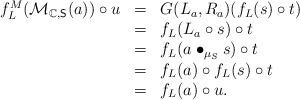
LaTeX: \begin{align*}\begin{array}{lll}f_L^M(\mathcal{M}_{\mathbb{C},\mathsf{S}}(a))\circ u&=&G(L_a,R_a)(f_L(s)\circ t)\\&=&f_L(L_a\circ s)\circ t\\&=&f_L(a\bullet_{\mu_S} s)\circ t\\&=&f_L(a)\circ f_L(s)\circ t\\&=&f_L(a)\circ u.\end{array} \end{align*}